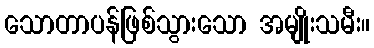
သောတာပန်ဖြစ်သွားသော အမျိုးသမီး။